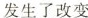
发生了改变